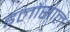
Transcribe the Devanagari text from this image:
इलोसाल